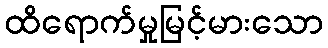
ထိရောက်မှုမြင့်မားသော